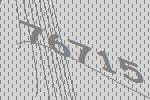
76715